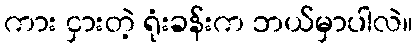
ကား ငှားတဲ့ ရုံးခန်းက ဘယ်မှာပါလဲ။